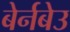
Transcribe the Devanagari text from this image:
बेर्नबेउ